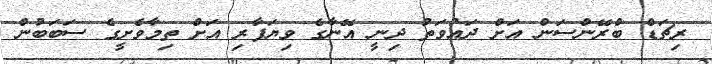
ރިޗަޑް ބްރޭންސަން އަށް ދައުވަތު ދިނީ އޭނާގެ ވިޔަފާރި އަށް ތިމާވެށީގެ ސަބަބުން